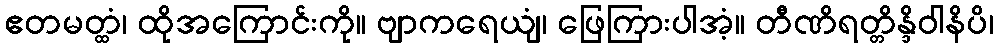
ဧတမတ္ထံ၊ ထိုအကြောင်းကို။ ဗျာကရေယျံ၊ ဖြေကြားပါအံ့။ တီဏိရတ္တိန္ဒိဝါနိပိ၊